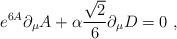
LaTeX: \begin{align*}e^{6A}\partial_{\mu}A+\alpha{{\sqrt{2}}\over{6}}\partial_\mu D=0 \ ,\end{align*}